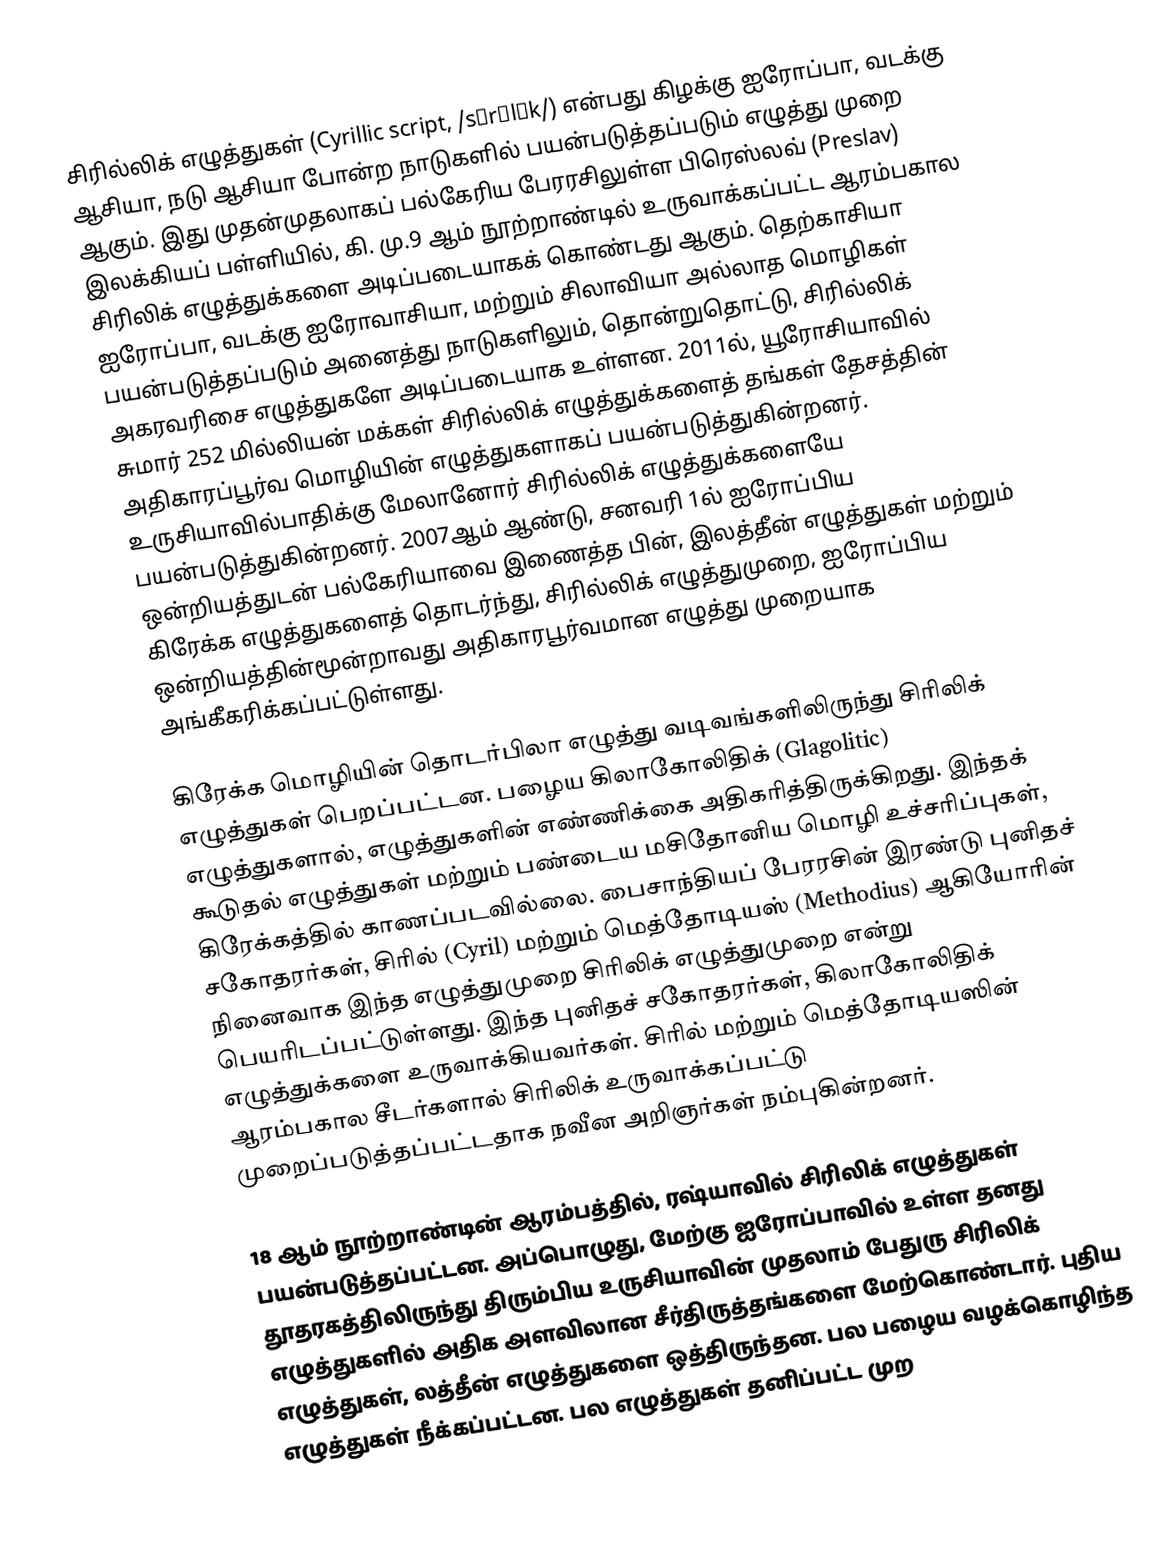
சிரில்லிக் எழுத்துகள் (Cyrillic script, /sᵻrɪlɪk/) என்பது கிழக்கு ஐரோப்பா, வடக்கு ஆசியா, நடு ஆசியா போன்ற நாடுகளில் பயன்படுத்தப்படும் எழுத்து முறை ஆகும்.  இது  முதன்முதலாகப் பல்கேரிய பேரரசிலுள்ள பிரெஸ்லவ் (Preslav) இலக்கியப் பள்ளியில், கி. மு.9 ஆம் நூற்றாண்டில் உருவாக்கப்பட்ட ஆரம்பகால சிரிலிக் எழுத்துக்களை அடிப்படையாகக் கொண்டது ஆகும்.  தெற்காசியா ஐரோப்பா, வடக்கு ஐரோவாசியா, மற்றும் சிலாவியா அல்லாத மொழிகள் பயன்படுத்தப்படும் அனைத்து நாடுகளிலும், தொன்றுதொட்டு, சிரில்லிக் அகரவரிசை எழுத்துகளே அடிப்படையாக உள்ளன. 2011ல், யூரோசியாவில் சுமார் 252 மில்லியன் மக்கள் சிரில்லிக் எழுத்துக்களைத் தங்கள் தேசத்தின்  அதிகாரப்பூர்வ மொழியின் எழுத்துகளாகப் பயன்படுத்துகின்றனர். உருசியாவில்பாதிக்கு மேலானோர் சிரில்லிக் எழுத்துக்களையே பயன்படுத்துகின்றனர்.  2007ஆம் ஆண்டு, சனவரி 1ல் ஐரோப்பிய ஒன்றியத்துடன் பல்கேரியாவை இணைத்த பின், இலத்தீன் எழுத்துகள் மற்றும் கிரேக்க எழுத்துகளைத் தொடர்ந்து, சிரில்லிக் எழுத்துமுறை, ஐரோப்பிய ஒன்றியத்தின்மூன்றாவது அதிகாரபூர்வமான எழுத்து முறையாக அங்கீகரிக்கப்பட்டுள்ளது.

கிரேக்க மொழியின் தொடர்பிலா எழுத்து வடிவங்களிலிருந்து சிரிலிக் எழுத்துகள் பெறப்பட்டன. பழைய கிலாகோலிதிக் (Glagolitic) எழுத்துகளால், எழுத்துகளின் எண்ணிக்கை  அதிகரித்திருக்கிறது. இந்தக் கூடுதல் எழுத்துகள் மற்றும் பண்டைய மசிதோனிய மொழி உச்சரிப்புகள், கிரேக்கத்தில் காணப்படவில்லை.  பைசாந்தியப் பேரரசின் இரண்டு புனிதச் சகோதரர்கள், சிரில் (Cyril) மற்றும் மெத்தோடியஸ் (Methodius) ஆகியோரின் நினைவாக இந்த எழுத்துமுறை சிரிலிக் எழுத்துமுறை என்று பெயரிடப்பட்டுள்ளது.  இந்த புனிதச் சகோதரர்கள், கிலாகோலிதிக் எழுத்துக்களை உருவாக்கியவர்கள்.  சிரில் மற்றும் மெத்தோடியஸின் ஆரம்பகால சீடர்களால் சிரிலிக் உருவாக்கப்பட்டு முறைப்படுத்தப்பட்டதாக நவீன அறிஞர்கள் நம்புகின்றனர்.

18 ஆம் நூற்றாண்டின் ஆரம்பத்தில், ரஷ்யாவில் சிரிலிக் எழுத்துகள் பயன்படுத்தப்பட்டன. அப்பொழுது, மேற்கு ஐரோப்பாவில் உள்ள தனது தூதரகத்திலிருந்து திரும்பிய உருசியாவின் முதலாம் பேதுரு சிரிலிக் எழுத்துகளில் அதிக அளவிலான சீர்திருத்தங்களை மேற்கொண்டார்.  புதிய எழுத்துகள், லத்தீன் எழுத்துகளை ஒத்திருந்தன. பல பழைய வழக்கொழிந்த எழுத்துகள் நீக்கப்பட்டன. பல எழுத்துகள்  தனிப்பட்ட முற